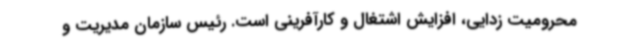
محرومیت زدایی، افزایش اشتغال و کارآفرینی است. رئیس سازمان مدیریت و